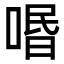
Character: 㗃